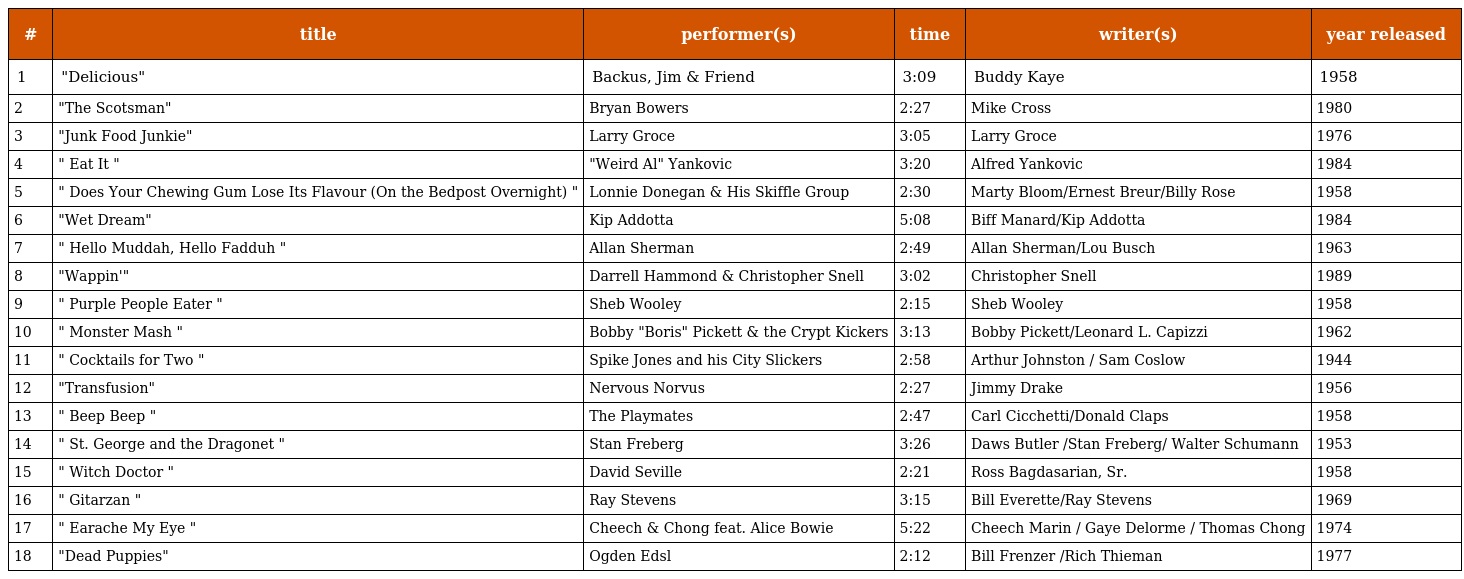
| # | title | performer(s) | time | writer(s) | year released |
 | --- | --- | --- | --- | --- | --- |
 | 1 | "Delicious" | Backus, Jim & Friend | 3:09 | Buddy Kaye | 1958 |
 | 2 | "The Scotsman" | Bryan Bowers | 2:27 | Mike Cross | 1980 |
 | 3 | "Junk Food Junkie" | Larry Groce | 3:05 | Larry Groce | 1976 |
 | 4 | " Eat It " | "Weird Al" Yankovic | 3:20 | Alfred Yankovic | 1984 |
 | 5 | " Does Your Chewing Gum Lose Its Flavour (On the Bedpost Overnight) " | Lonnie Donegan & His Skiffle Group | 2:30 | Marty Bloom/Ernest Breur/Billy Rose | 1958 |
 | 6 | "Wet Dream" | Kip Addotta | 5:08 | Biff Manard/Kip Addotta | 1984 |
 | 7 | " Hello Muddah, Hello Fadduh " | Allan Sherman | 2:49 | Allan Sherman/Lou Busch | 1963 |
 | 8 | "Wappin'" | Darrell Hammond & Christopher Snell | 3:02 | Christopher Snell | 1989 |
 | 9 | " Purple People Eater " | Sheb Wooley | 2:15 | Sheb Wooley | 1958 |
 | 10 | " Monster Mash " | Bobby "Boris" Pickett & the Crypt Kickers | 3:13 | Bobby Pickett/Leonard L. Capizzi | 1962 |
 | 11 | " Cocktails for Two " | Spike Jones and his City Slickers | 2:58 | Arthur Johnston / Sam Coslow | 1944 |
 | 12 | "Transfusion" | Nervous Norvus | 2:27 | Jimmy Drake | 1956 |
 | 13 | " Beep Beep " | The Playmates | 2:47 | Carl Cicchetti/Donald Claps | 1958 |
 | 14 | " St. George and the Dragonet " | Stan Freberg | 3:26 | Daws Butler /Stan Freberg/ Walter Schumann | 1953 |
 | 15 | " Witch Doctor " | David Seville | 2:21 | Ross Bagdasarian, Sr. | 1958 |
 | 16 | " Gitarzan " | Ray Stevens | 3:15 | Bill Everette/Ray Stevens | 1969 |
 | 17 | " Earache My Eye " | Cheech & Chong feat. Alice Bowie | 5:22 | Cheech Marin / Gaye Delorme / Thomas Chong | 1974 |
 | 18 | "Dead Puppies" | Ogden Edsl | 2:12 | Bill Frenzer /Rich Thieman | 1977 |